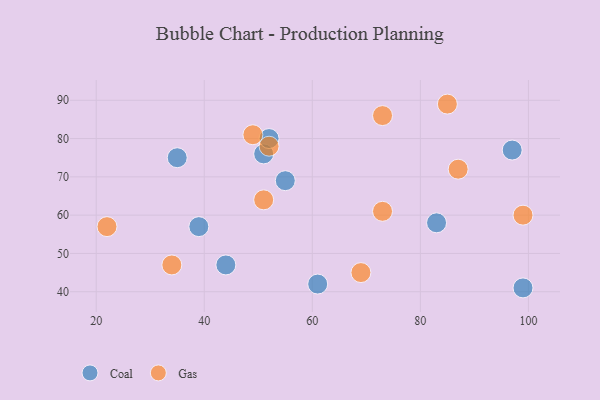
{"axis": {"x": "GDP", "y": "Life Expectancy"}, "legend": ["Coal", "Gas"], "data": [{"x": "44", "y": 47, "type": "Coal"}, {"x": "35", "y": 75, "type": "Coal"}, {"x": "51", "y": 76, "type": "Coal"}, {"x": "99", "y": 41, "type": "Coal"}, {"x": "83", "y": 58, "type": "Coal"}, {"x": "61", "y": 42, "type": "Coal"}, {"x": "52", "y": 80, "type": "Coal"}, {"x": "97", "y": 77, "type": "Coal"}, {"x": "39", "y": 57, "type": "Coal"}, {"x": "55", "y": 69, "type": "Coal"}, {"x": "73", "y": 86, "type": "Gas"}, {"x": "52", "y": 78, "type": "Gas"}, {"x": "51", "y": 64, "type": "Gas"}, {"x": "99", "y": 60, "type": "Gas"}, {"x": "22", "y": 57, "type": "Gas"}, {"x": "49", "y": 81, "type": "Gas"}, {"x": "73", "y": 61, "type": "Gas"}, {"x": "69", "y": 45, "type": "Gas"}, {"x": "85", "y": 89, "type": "Gas"}, {"x": "87", "y": 72, "type": "Gas"}, {"x": "34", "y": 47, "type": "Gas"}]}